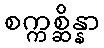
စက္ကစ္ဆိန္နာ